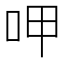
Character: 呷